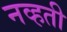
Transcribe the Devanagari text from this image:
नव्‍हती